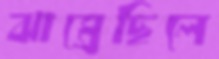
ঝাম্‌রেছিলে